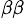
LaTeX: _{\beta\beta}